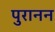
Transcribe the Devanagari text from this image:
पुरानन